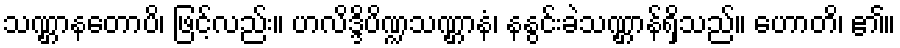
သဏ္ဌာနတောပိ၊ ဖြင့်လည်း။ ဟလိဒ္ဒိပိဏ္ဍသဏ္ဌာနံ၊ နနွင်းခဲသဏ္ဌာန်ရှိသည်။ ဟောတိ၊ ၏။